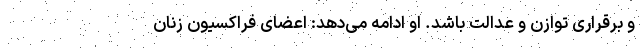
و برقراری توازن و عدالت باشد. او ادامه می‌دهد: اعضای فراکسیون زنان